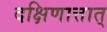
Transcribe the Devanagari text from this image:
दक्षिणात्तात्